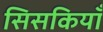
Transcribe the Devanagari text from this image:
सिसकियाँ